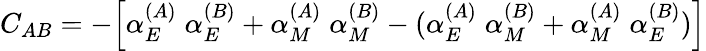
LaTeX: C_{AB}=-\Bigl[\alpha_{E}^{(A)}\; \alpha_{E}^{(B)}+\alpha_{M}^{(A)}\; \alpha_{M}^{(B)}-(\alpha_{E}^{(A)}\; \alpha_{M}^{(B)}+\alpha_{M}^{(A)}\; \alpha_{E}^{(B)})\Bigr]